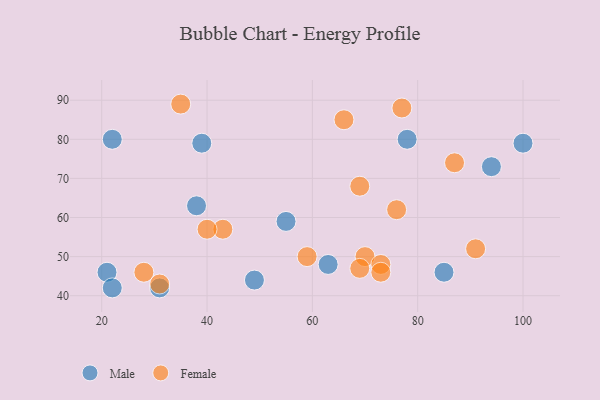
{"axis": {"x": "GDP", "y": "Life Expectancy"}, "legend": ["Female", "Male"], "data": [{"x": "49", "y": 44, "type": "Male"}, {"x": "85", "y": 46, "type": "Male"}, {"x": "31", "y": 42, "type": "Male"}, {"x": "100", "y": 79, "type": "Male"}, {"x": "55", "y": 59, "type": "Male"}, {"x": "21", "y": 46, "type": "Male"}, {"x": "78", "y": 80, "type": "Male"}, {"x": "22", "y": 42, "type": "Male"}, {"x": "63", "y": 48, "type": "Male"}, {"x": "22", "y": 80, "type": "Male"}, {"x": "94", "y": 73, "type": "Male"}, {"x": "39", "y": 79, "type": "Male"}, {"x": "38", "y": 63, "type": "Male"}, {"x": "31", "y": 43, "type": "Female"}, {"x": "69", "y": 68, "type": "Female"}, {"x": "35", "y": 89, "type": "Female"}, {"x": "91", "y": 52, "type": "Female"}, {"x": "70", "y": 50, "type": "Female"}, {"x": "66", "y": 85, "type": "Female"}, {"x": "73", "y": 48, "type": "Female"}, {"x": "76", "y": 62, "type": "Female"}, {"x": "87", "y": 74, "type": "Female"}, {"x": "59", "y": 50, "type": "Female"}, {"x": "69", "y": 47, "type": "Female"}, {"x": "43", "y": 57, "type": "Female"}, {"x": "77", "y": 88, "type": "Female"}, {"x": "40", "y": 57, "type": "Female"}, {"x": "73", "y": 46, "type": "Female"}, {"x": "28", "y": 46, "type": "Female"}]}